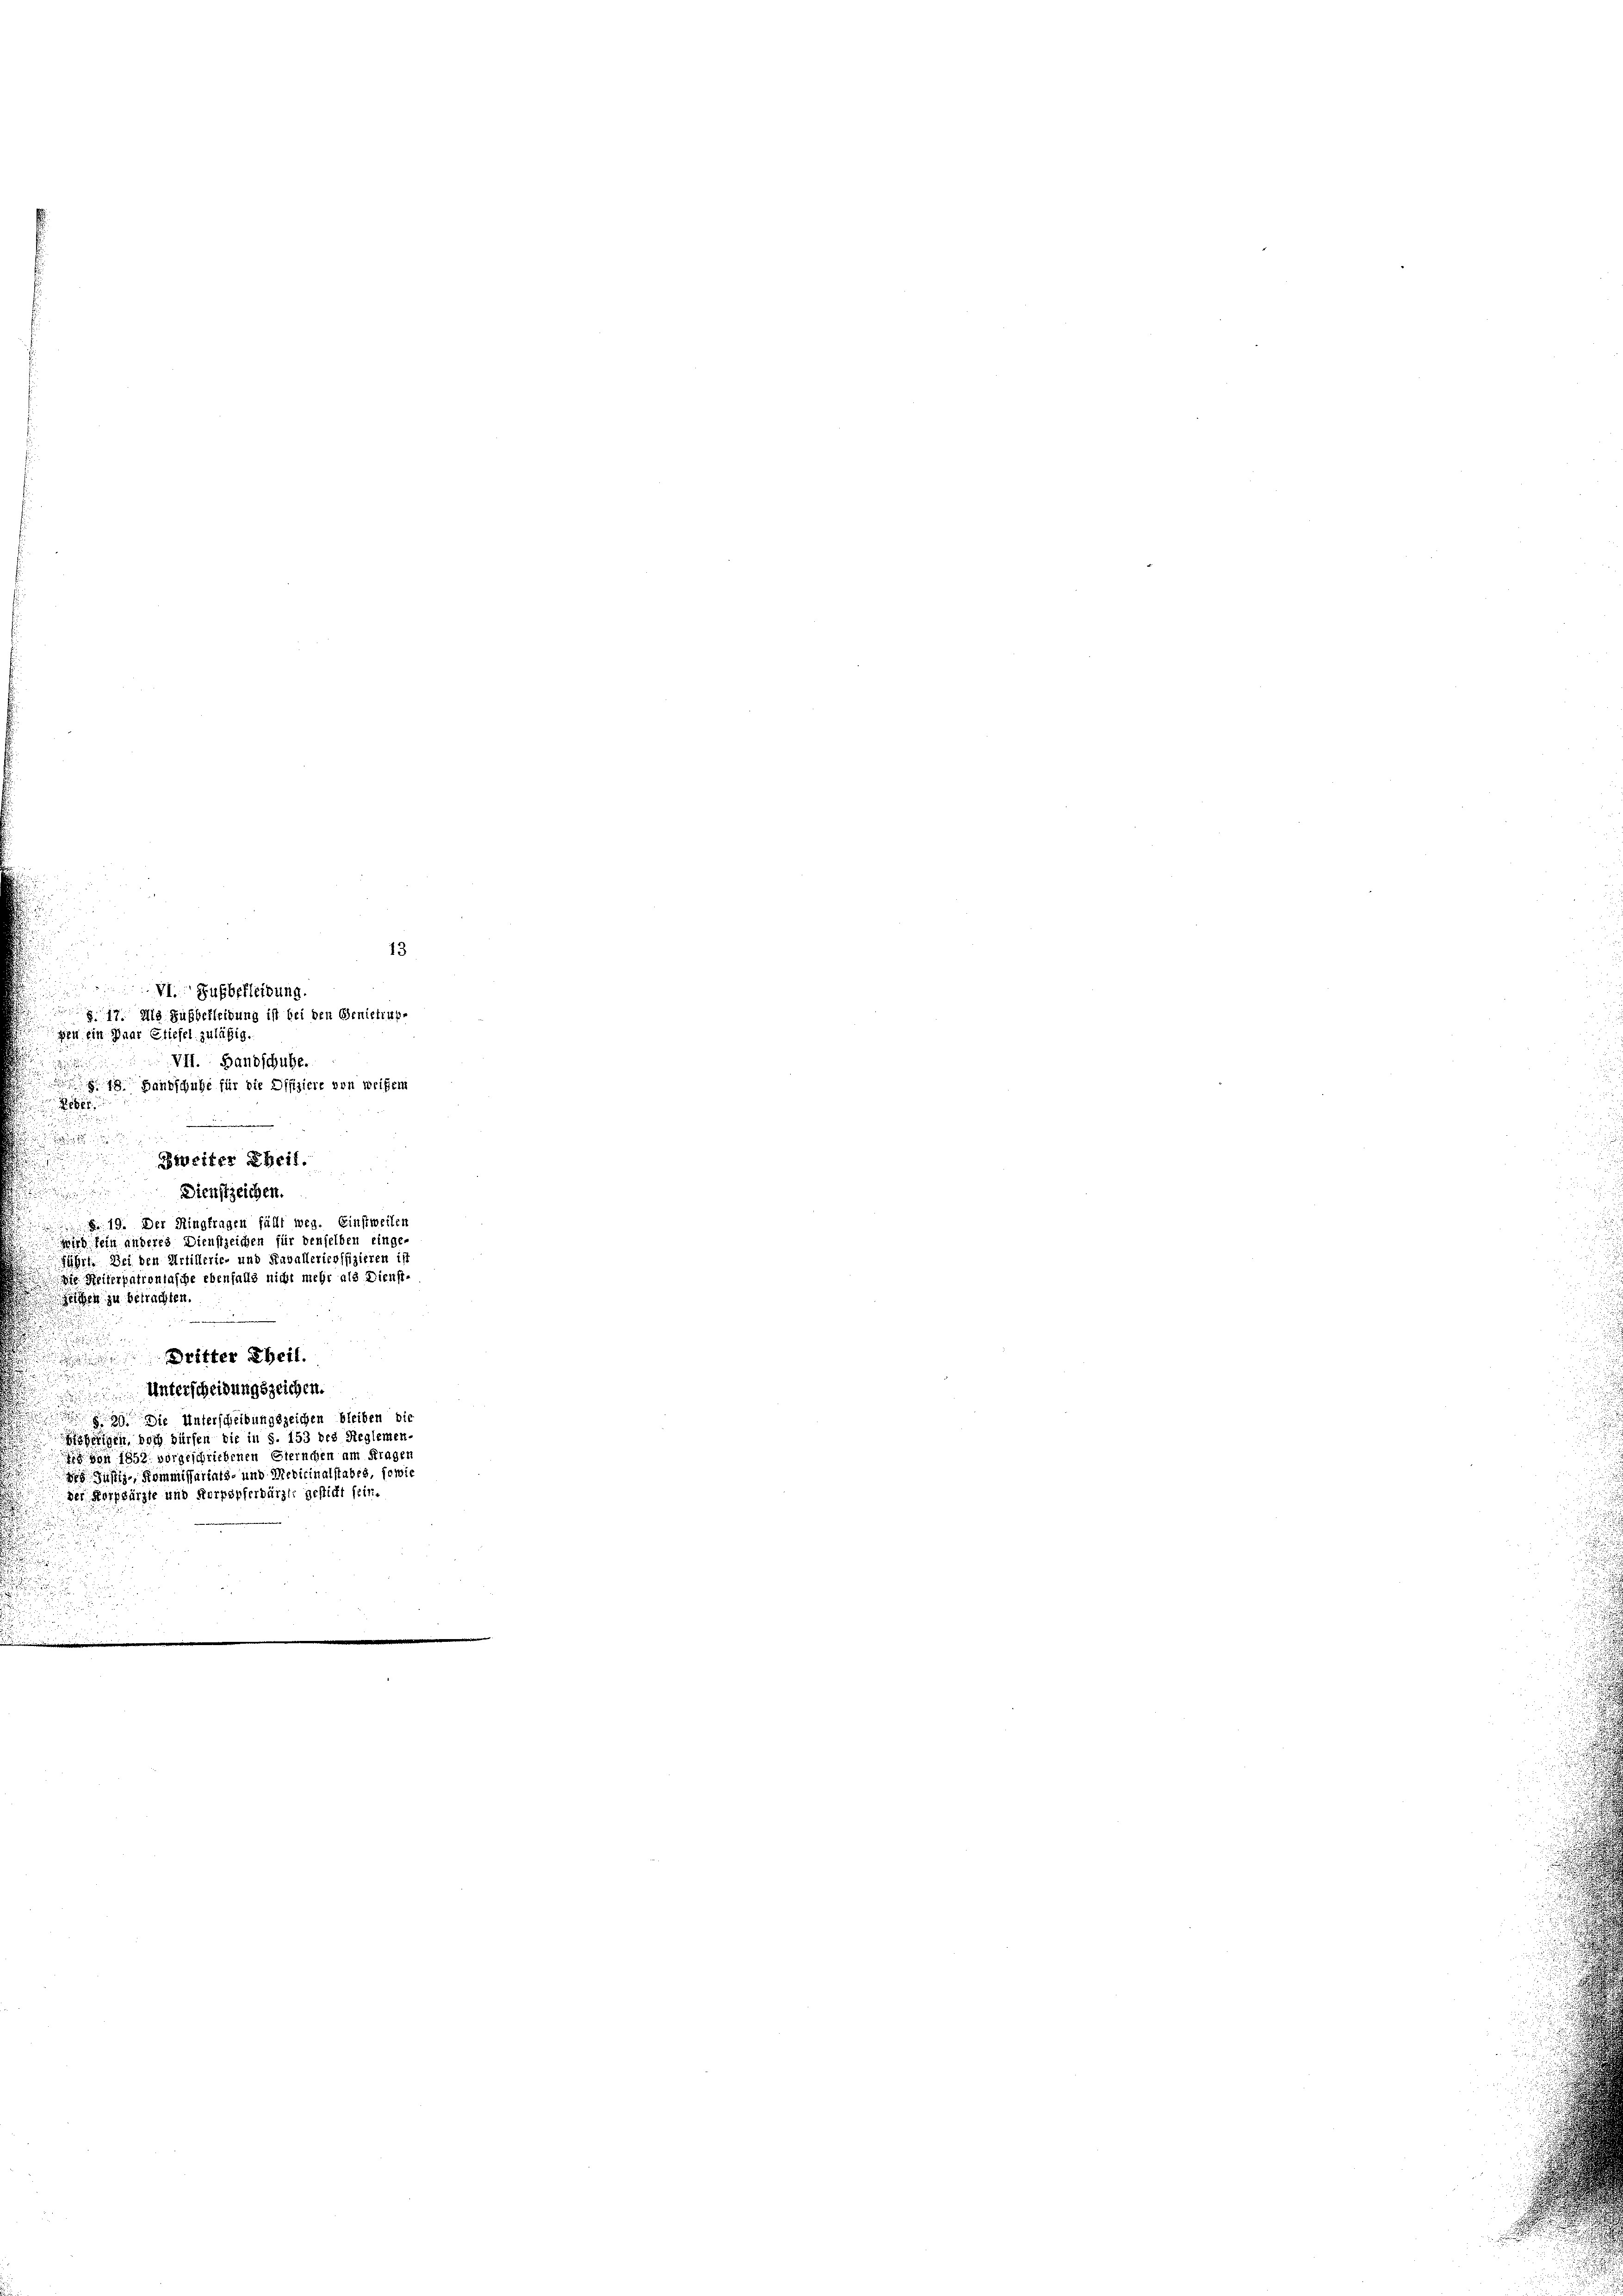
VI. Fußbefleibung.
17 als Subbekleidung ist bei den Genietrupgen ein Paar Stiefel zuläßig.

VII. Handschuhe.
 Handschuhe für die Offiziere von Weisem

d
Re

Zweiter Rheit.
Dienstzeichen.
§. 19. Der Ringfragen fällt weg. Einstweiler
wird sein anderes Dienstzeichen für denselben eingeführt Dei den Artillerie- und Raballerieoffizieren ist
Die Heiterpatrontasche ebenfalls nicht mehr als Dienst-
eien zu betrachten.
.
 Dritter Theil.
Unterscheidungszeichen.
u
39. Die Unterscheibungszeichen bleiben die
isherigen, doch dürfen die in S. 153 des Reglemen-
 von 1852. vorgeschriebenen Sternchen am Frager
 Justiz, Kommissariats- und Medicinalstabes, sowie
der Korpsärzte und Korpspferdärzte gesticht sein.
u